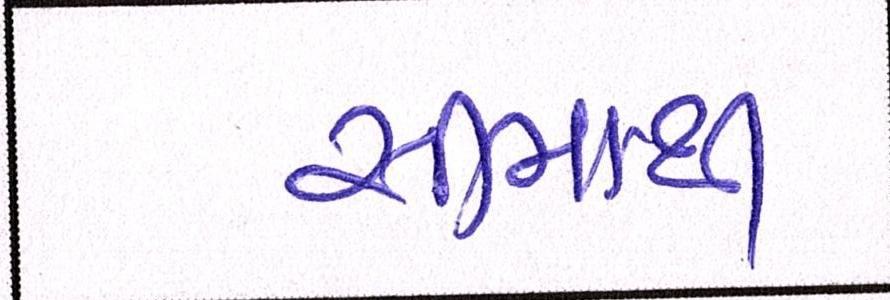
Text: સીમાથી